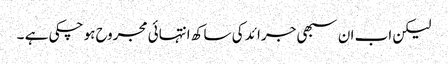
لیکن اب ان سبھی جرائد کی ساکھ انتہائی مجروح ہو چکی ہے ۔